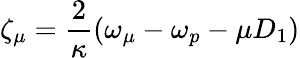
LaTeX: \zeta_{\mu}=\frac{2}{\kappa}(\omega_{\mu}-\omega_{p}-\mu D_{1})